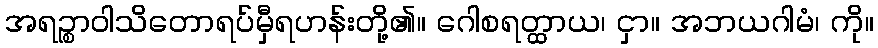
အရဉ္စာဝါသိတောရပ်မှီရဟန်းတို့၏။ ဂေါစရတ္ထာယ၊ ငှာ။ အဘယဂါမံ၊ ကို။